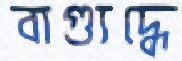
বাগ্যুদ্ধে